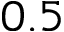
0 . 5